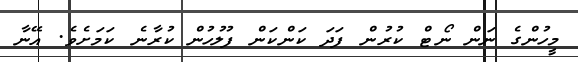
މީހުންގެ ނަން ނޯޓް ކުރުން ފަދަ ކަންކަން ފުލުހުން ކުރާނެ ކަމަށެވެ. އޭނާ